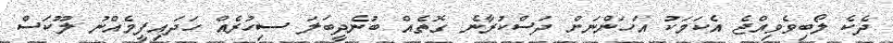
ދެކެ ލޯބިވެވިއްޖެ އެކަމަކު އަހަންނަށް ދަސްކުރާނެ ގޮތެއް ބުނެދީބަލަ ސިހުރެއް ހަދައިފީމެއްނު ލޫކަސް